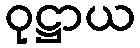
ဝုဋ္ဌာယ